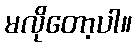
မလိုတော့ပါ။